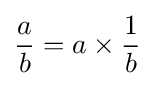
{\frac {a}{b}}=a\times {\frac {1}{b}}